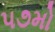
૫૭મો